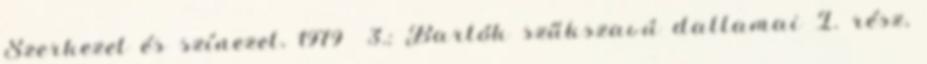
Szerkezet és színezet, 1979 3.; Bartók szűkszavú dallamai I. rész,